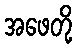
အဖေတို့